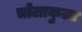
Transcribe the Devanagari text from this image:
चोलाकुला